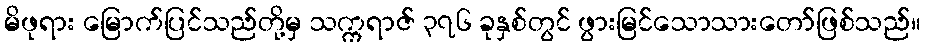
မိဖုရား မြောက်ပြင်သည်တို့မှ သက္ကရာဇ် ၃၇၆ ခုနှစ်တွင် ဖွားမြင်သောသားတော်ဖြစ်သည်။